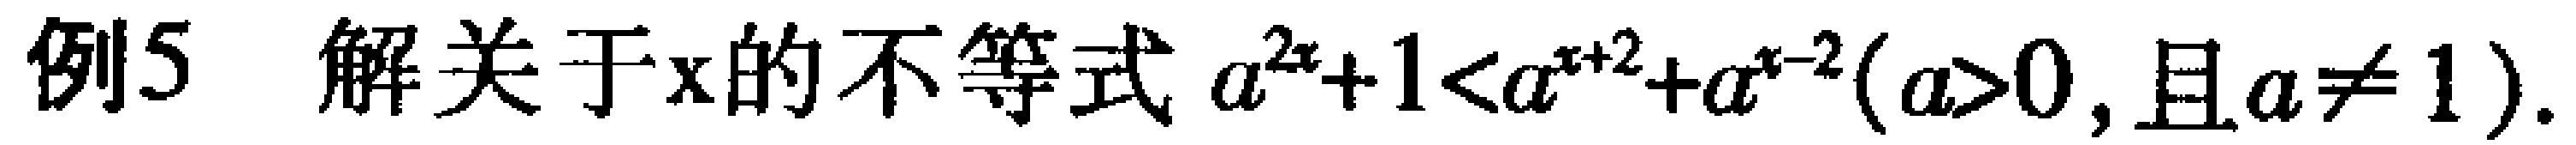
例5 解关于x的不等式 \(a^{2x}+1 < a^{x + 2}+a^{x - 2}(a>0，且a\neq1)\) .